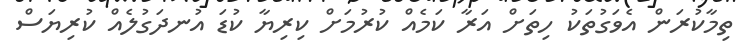
ތިމާކުރަން އެވަގުތަކު ހިތަށް އަރާ ކަމެއް ކުރުމަށް ކިރިޔާ ކުޑަ އުނދަގުލެއް ކުރިޔަސް